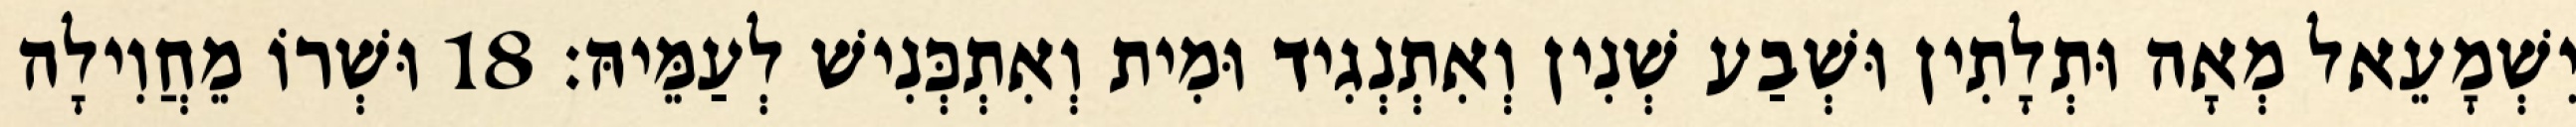
יִשְׁמָעֵאל מְאָה וּתְלָתִין וּשְׁבַע שְׁנִין וְאִתְנְגִיד וּמִית וְאִתְכְּנִישׁ לְעַמֵּיהּ׃ 18 וּשְׁרוֹ מֵחֲוִילָה